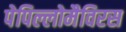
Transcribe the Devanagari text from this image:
पेपिल्लोमैविरस